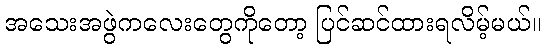
အသေးအဖွဲကလေးတွေကိုတော့ ပြင်ဆင်ထားရလိမ့်မယ်။